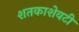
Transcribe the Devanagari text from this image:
शतकाशेवटी